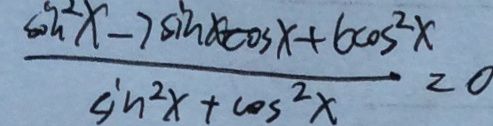
\frac { \sin ^ { 2 } x - 7 \sin x \cos x + 6 \cos ^ { 2 } x } { \sin ^ { 2 } x + \cos ^ { 2 } x } = 0